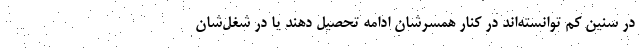
در سنین کم توانسته‌اند در کنار همسرشان ادامه تحصیل دهند یا در شغل‌شان